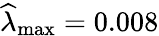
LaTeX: \widehat{\lambda}_{\mathrm{max}}=0.008